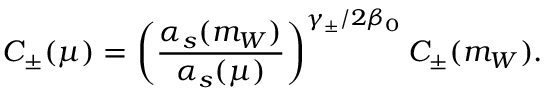
C _ { \pm } ( \mu ) = \left( \frac { \alpha _ { s } ( m _ { W } ) } { \alpha _ { s } ( \mu ) } \right) ^ { \gamma _ { \pm } / 2 \beta _ { 0 } } C _ { \pm } ( m _ { W } ) .